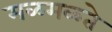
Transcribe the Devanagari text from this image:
मळमळ्ते